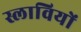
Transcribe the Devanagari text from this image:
स्लावियों